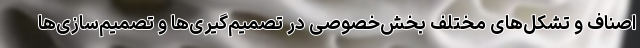
اصناف و تشکل‌های مختلف بخش‌خصوصی در تصمیم‌گیری‌ها و تصمیم‌سازی‌ها